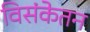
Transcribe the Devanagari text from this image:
विसंकेतन